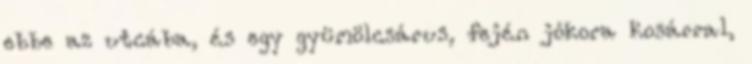
ebbe az utcába, és egy gyümölcsárus, fején jókora kosárral,